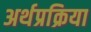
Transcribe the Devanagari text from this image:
अर्थप्रक्रिया